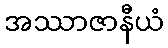
အဿာဇာနီယံ